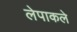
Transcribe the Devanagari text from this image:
लेपाकले